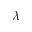
\lambda